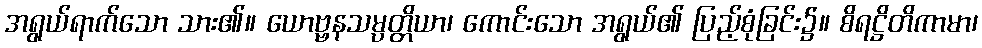
အရွယ်ရာက်သော သား၏။ ယောဗ္ဗနသမ္ပတ္တိယာ၊ ကောင်းသော အရွယ်၏ ပြည့်စုံခြင်း၌။ စိရဋ္ဌိတိကာမာ၊